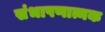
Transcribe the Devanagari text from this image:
संभाषणात्मक